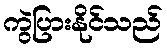
ကွဲပြားနိုင်သည်